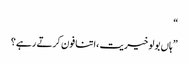
“
”ہاں بولو خیریت ،اتنا فون کرتے رہے؟